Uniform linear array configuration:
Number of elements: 48
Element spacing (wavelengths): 0.5
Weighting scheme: hann
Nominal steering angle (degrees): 30
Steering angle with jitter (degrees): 29.918
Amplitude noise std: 0.05
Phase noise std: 0.05

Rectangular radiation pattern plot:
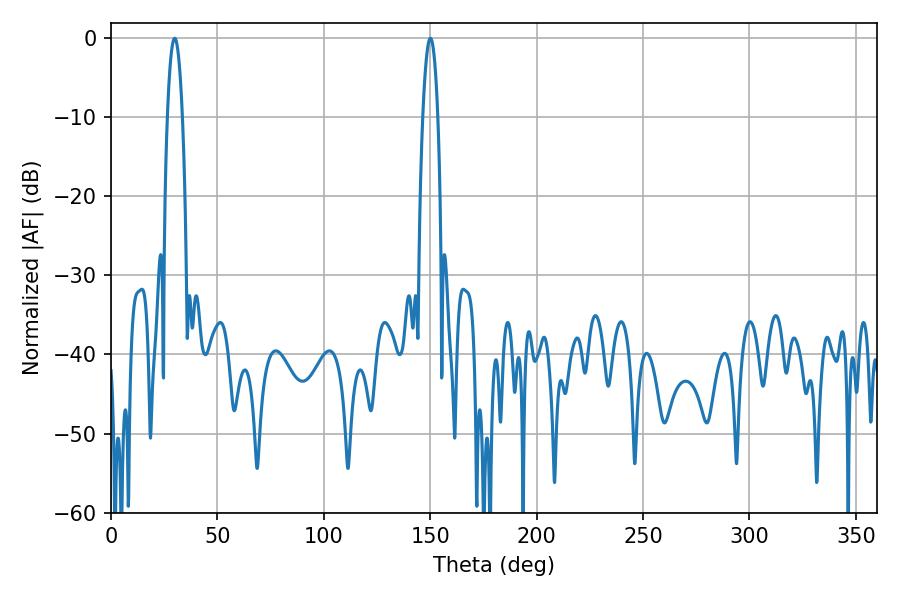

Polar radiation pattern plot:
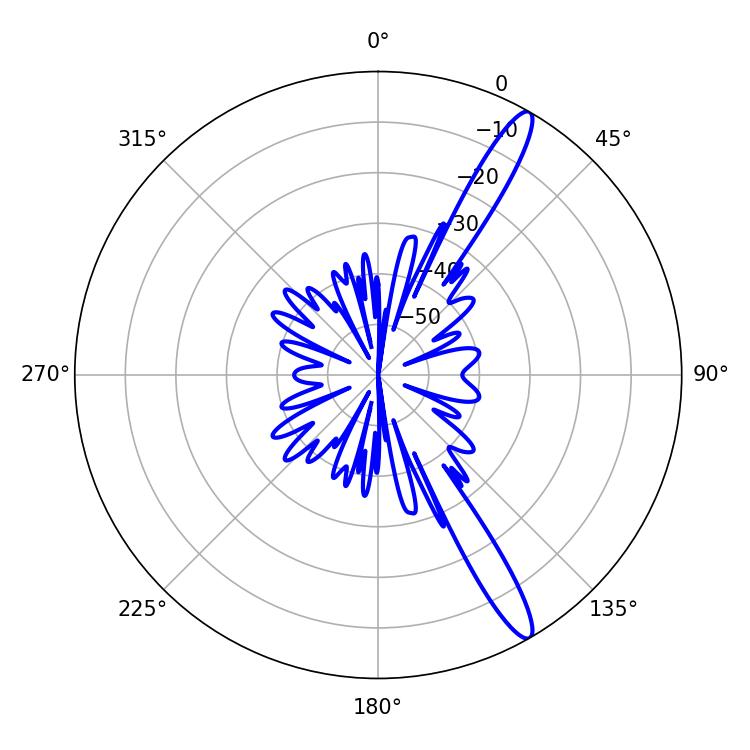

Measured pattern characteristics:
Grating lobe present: FALSE
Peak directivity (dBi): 14.325
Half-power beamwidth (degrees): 3.78
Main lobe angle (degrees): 150.12